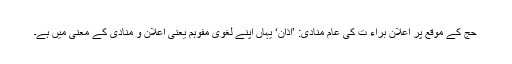
حج کے موقع پر اعلان براء ت کی عام منادی: ’اَذَان‘ یہاں اپنے لغوی مفوہم یعنی اعلان و منادی کے معنی میں ہے۔